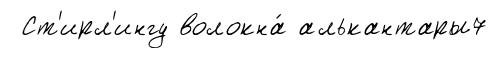
Ст'ирл'ингу волокна́ алькантары7